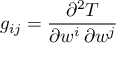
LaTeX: g _ { i j } = { \frac { \partial ^ { 2 } T } { \partial w ^ { i } \, \partial w ^ { j } } }